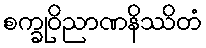
စက္ခုဝိညာဏနိဿိတံ